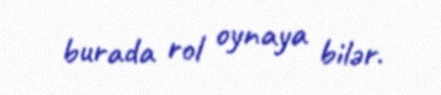
burada rol oynaya bilər.